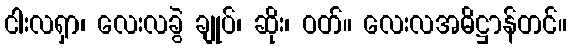
ငါးလရှာ၊ လေးလခွဲ ချုပ်၊ ဆိုး၊ ဝတ်။ လေးလအဓိဋ္ဌာန်တင်။